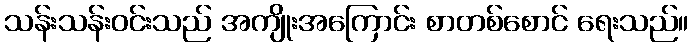
သန်းသန်းဝင်းသည် အကျိုးအကြောင်း စာတစ်စောင် ရေးသည်။